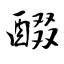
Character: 醊